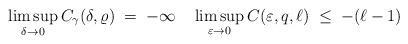
LaTeX: \begin{align*}\limsup_{\delta \to 0} C_\gamma (\delta ,\varrho) \;=\; -\infty\quad\limsup_{\varepsilon\to 0} C (\varepsilon , q, \ell)\;\le\; -(\ell-1)\end{align*}